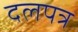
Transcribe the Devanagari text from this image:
दलपत्र